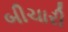
બીચારી